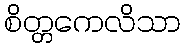
စိတ္တကေလိသာ